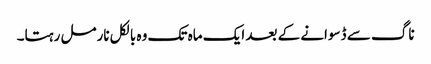
ناگ سے ڈسوانے کے بعد ایک ماہ تک وہ بالکل نارمل رہتا۔